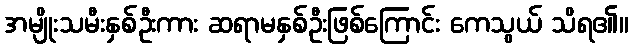
အမျိုးသမီးနှစ်ဦးကား ဆရာမနှစ်ဦးဖြစ်ကြောင်း ကေသွယ် သိရ၏။